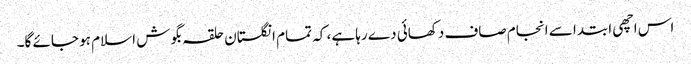
اس اچھی ابتدا سے انجام صاف دکھائی دے رہا ہے، کہ تمام انگلستان حلقہ بگوش اسلام ہو جائے گا۔